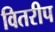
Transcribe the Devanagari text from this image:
वितरीप